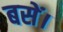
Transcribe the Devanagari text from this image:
बसें।